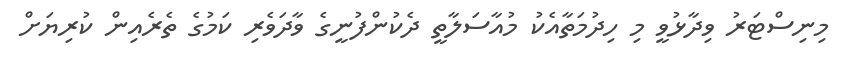
މިނިސްޓަރު ވިދާޅުވީ މި ހިދުމަތާއެކު މުއާސަލާތީ ދެކުންފުނީގެ ވާދަވެރި ކަމުގެ ތެރެއިން ކުރިޔަށް